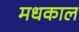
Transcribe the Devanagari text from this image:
मधकाल